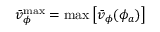
\bar { v } _ { \phi } ^ { \operatorname* { m a x } } = \operatorname* { m a x } \left[ \bar { v } _ { \phi } ( \phi _ { a } ) \right]